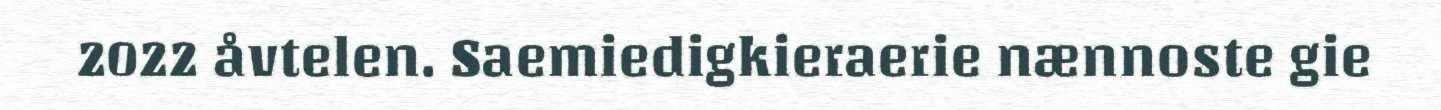
2022 åvtelen. Saemiedigkieraerie nænnoste gie